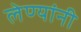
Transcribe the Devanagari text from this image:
लेण्यांनी